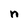
Character: n